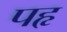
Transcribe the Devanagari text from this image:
पहृ